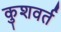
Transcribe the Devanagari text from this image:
कुशवर्त